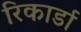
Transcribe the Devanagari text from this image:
रिकार्डा